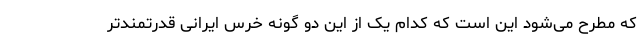
که مطرح می‌شود این است که کدام یک از این دو گونه خرس ایرانی قدرتمندتر